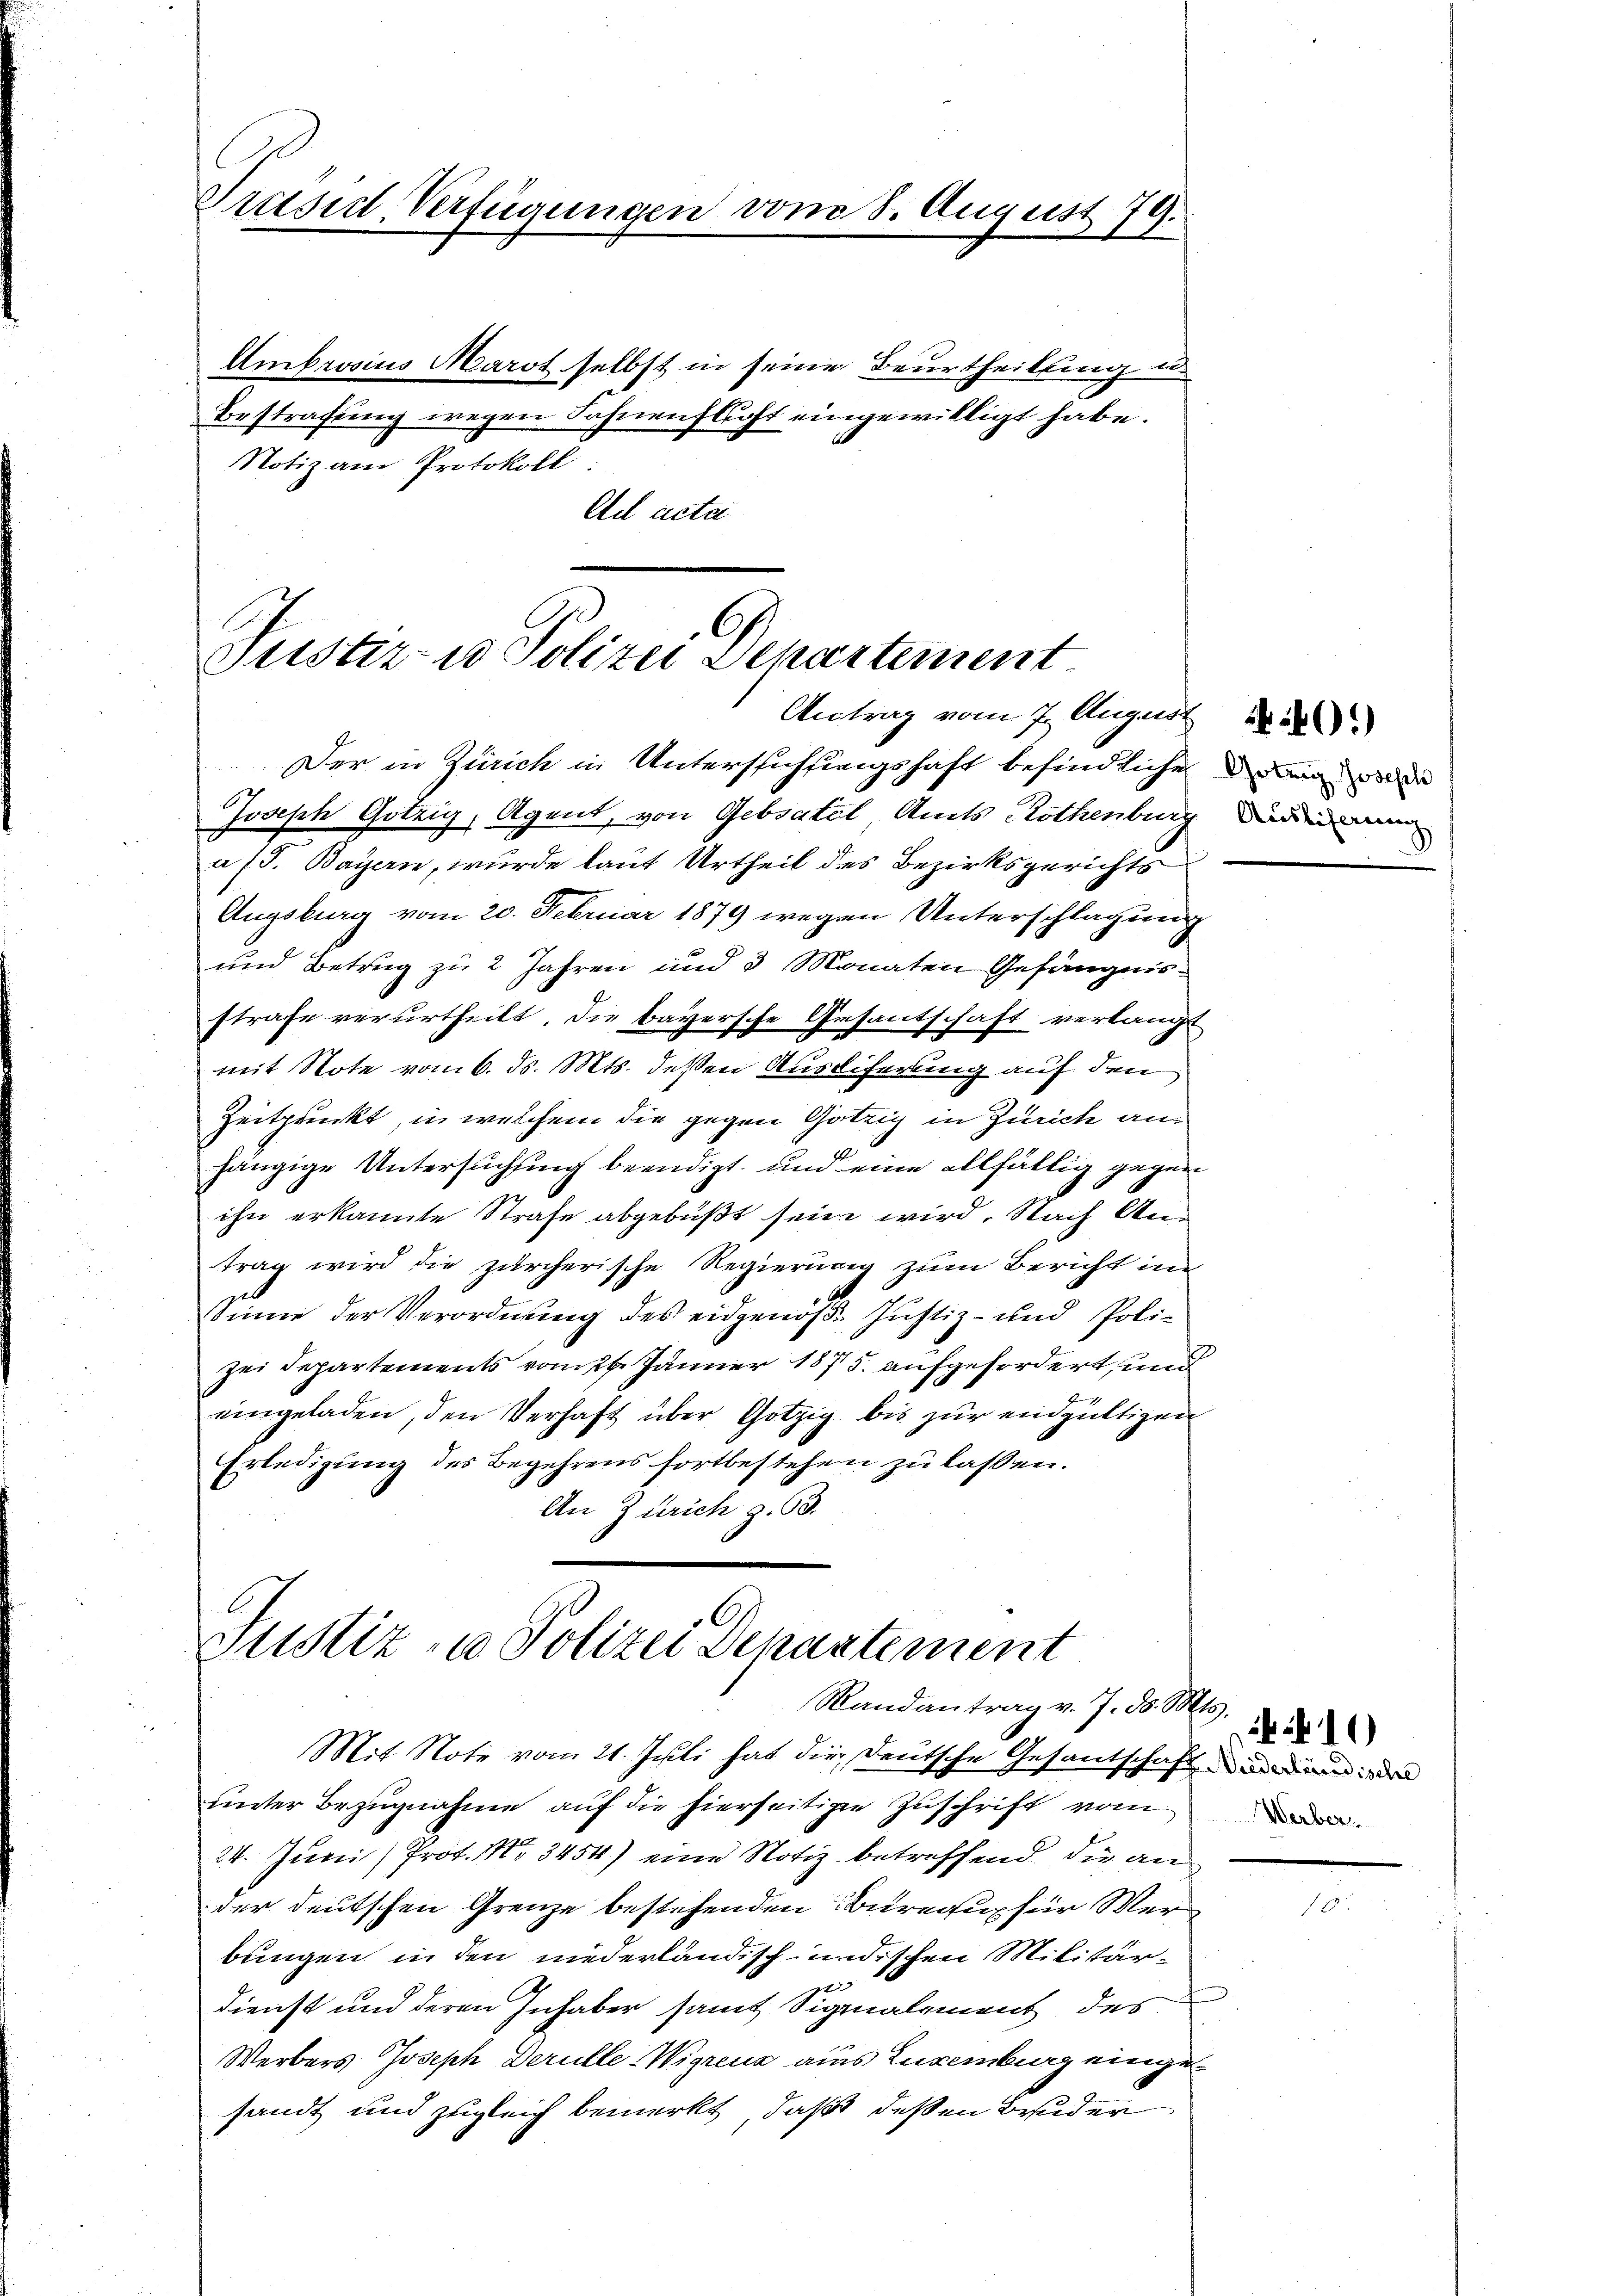
Präsid Verfügungen vom 8. August 79.

Ambrosius Marot selbst in seine Beurtheilung u.
Bestrafung wegen Fahnenstost eingewilligt habe.
Notiz am Protokoll
Ad acte

C
Sistiz- u Polizei Departement
Antrag vom 7. August 18
Der in Zürich in Unterstichtungshaft befindliche min
Joseph Gotzig, Agent, von Gebsatel, Amts Rothenburg dad

a/d. Bayern, wurde laut Urtheil des Bezirksgerichts
Augsburg vom 20. Februar 1879 wegen Unterschlagung
und Betrug zu 2 Jahren und 3 Monaten Gefängnisstrafe verurtheilt. Die bayersche Gesantschaft verlangt
mit Note vom 6. ds. Mts. deßen Ausdiferung auf den
Zeitpunkt, in welchem die gegen Götzig in Zürich an¬
7
hängige Untersuchung beendigt, und eine allfällig gegen
ihn erkannte Strafe abgebüßt sein wird. Nach Antrag wird die zürcherische Regierung zum Bericht in
Sinne der Verordnung des eidgenöße Justiz- und Polizei Departements vom 26. Jänner 1875. aufgefordert, und
eingeladen, den Verhaft über Gotzig bis zur endgültigen
Erledigung des Begehrens fortbestehen zu lassen.
An Zürich z. 63.

Justiz- u Polizei Dekastement
Randantrag v. 7. d. Mts.

Mit Note vom 21. Juli hat die Deutsche Gesantschaft demand de
unter Bezugnahme auf die hierseitiger Zuschrift vom ande
24. Juni / Prot. No 3454) eine Notiz betreffend die an
der deutschen Grenze bestehenden Bureaux für Wer
bungen in den niederländisch-indischen Militär¬
1
dienst und deren Inhaber samt Signalement des
Werbers Joseph Derulle Wigreus aus Luxenburg eingesandt und zugleich bemerkt, daß deßen Bruder

1